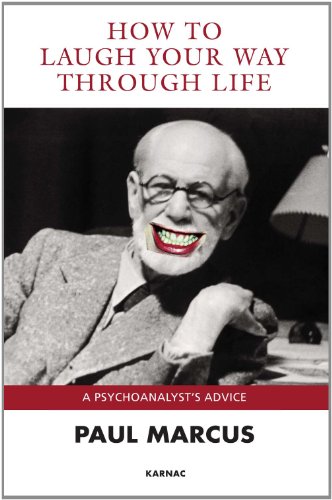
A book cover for How to Laugh Your Way Through Life: A Psychoanalyst's Advice; Paul Marcus; Humor & Entertainment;